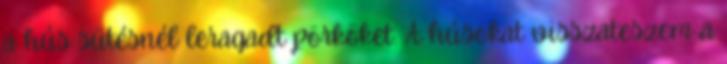
a hús sütésnél leragadt pörköket. A húsokat visszateszem a